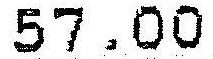
57.00